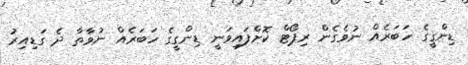
ޑިންގީގެ ހަބަރެއް ނުވެގެން ރިޕޯޓް ކޮށްފައިވަނީ ޑިންގީގެ ހަބަރެއް ނުވާތާ ދެ ގަޑިއިރު